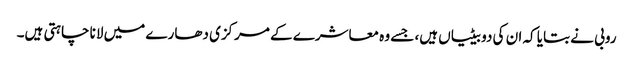
روبی نے بتایا کہ ان کی دو بیٹیاں ہیں، جسے وہ معاشرے کے مرکزی دھارے میں لانا چاہتی ہیں۔